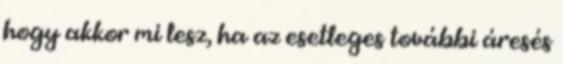
hogy akkor mi lesz, ha az esetleges további áresés